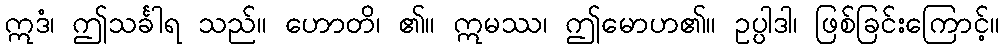
ဣဒံ၊ ဤသင်္ခါရ သည်။ ဟောတိ၊ ၏။ ဣမဿ၊ ဤမောဟ၏။ ဥပ္ပါဒါ၊ ဖြစ်ခြင်းကြောင့်။